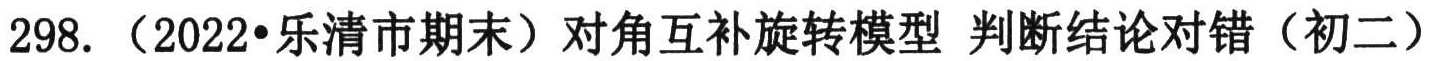
298.（2022•乐清市期末）对角互补旋转模型 判断结论对错（初二）